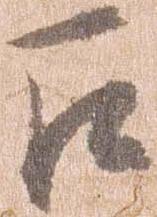
召